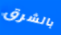
بالشرق